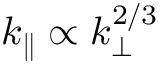
k _ { \parallel } \propto k _ { \perp } ^ { 2 / 3 }